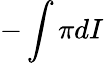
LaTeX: -\int\pi dI